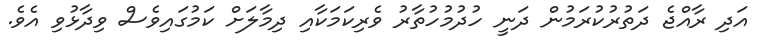
އަދި ރާއްޖެ ދަތުރުކުރަމުން ދަނީ ހުދުމުހުތާރު ވެރިކަމަކާއި ދިމާލަށް ކަމުގައިވެސް ވިދާޅުވި އެވެ.